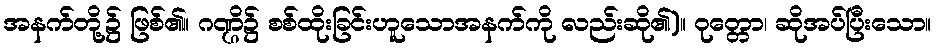
အနက်တို့၌ ဖြစ်၏။ ဂဏ္ဌိ၌ စစ်ထိုးခြင်းဟူသောအနက်ကို လည်းဆို၏)။ ဝုတ္တော၊ ဆိုအပ်ပြီးသော။